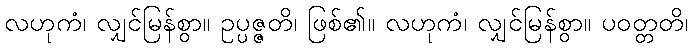
လဟုကံ၊ လျှင်မြန်စွာ။ ဥပ္ပဇ္ဇတိ၊ ဖြစ်၏။ လဟုကံ၊ လျှင်မြန်စွာ။ ပဝတ္တတိ၊